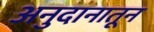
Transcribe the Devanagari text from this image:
अनुदानातून